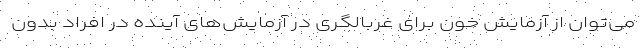
می‌توان از آزمایش خون برای غربالگری در آزمایش‌های آینده در افراد بدون